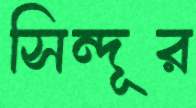
সিন্দূর